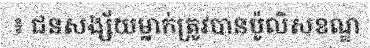
៖ ជនសង្ស័យម្នាក់ត្រូវបានប៉ូលិសខណ្ឌ